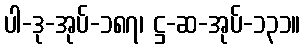
ပါ-ဒု-အုပ်-၁၈၇၊ ဋ္ဌ-ဆ-အုပ်-၁၃၁။